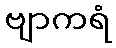
ဗျာကရံ